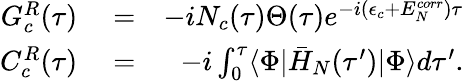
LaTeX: \begin{array}{rlr}{G_{c}^{R}(\tau)}&{{}=}&{-iN_{c}(\tau)\Theta(\tau)e^{-i(\epsilon_{c}+E_{N}^{corr})\tau}}\\ {C_{c}^{R}(\tau)}&{{}=}&{-i\int_{0}^{\tau}\langle\Phi|\bar{H}_{N}(\tau^{\prime})|\Phi\rangle d\tau^{\prime}.}\end{array}